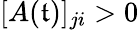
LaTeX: [A(\mathfrak{t})]_{ji}>0